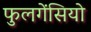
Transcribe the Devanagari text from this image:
फुलगेंसियो